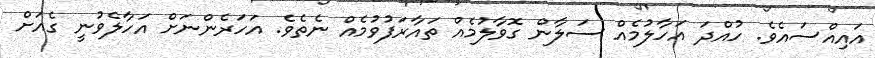
އައިއްސައެވެ. ހުއްދަ އަހާލުމެއް ސަލާން ގޮވާލުމެއް ތައާރަފުވުމެއް ނެތެވެ. އަހަރެންނަށް އަހާލެވުނީ ގެއަށް